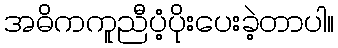
အဓိကကူညီပံ့ပိုးပေးခဲ့တာပါ။